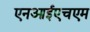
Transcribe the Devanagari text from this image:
एनआईएचएम